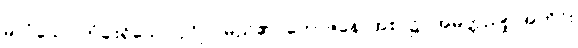
မလုံသော တံခါးရှိသော ပုဂ္ဂိုလ်မည်၏။ ဘောဇနေ၊ အစာ၌။ အမတ္တညူ၊ အတိုင်း